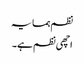
نظم ہمسایہ
اچھی نظم ہے۔